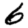
Digit: 6